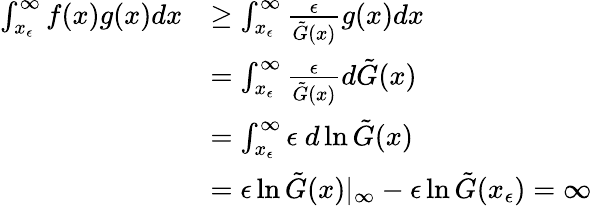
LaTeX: \begin{array}{rl}{\int_{x_{\epsilon}}^{\infty}f(x)g(x)dx}&{\geq\int_{x_{\epsilon}}^{\infty}\frac{\epsilon}{\tilde{G}(x)}g(x)dx}\\ &{=\int_{x_{\epsilon}}^{\infty}\frac{\epsilon}{\tilde{G}(x)}d\tilde{G}(x)}\\ &{=\int_{x_{\epsilon}}^{\infty}\epsilon\ d\ln{\tilde{G}(x)}}\\ &{=\epsilon\ln{\tilde{G}(x)}|_{\infty}-\epsilon\ln{\tilde{G}(x_{\epsilon})}=\infty}\end{array}